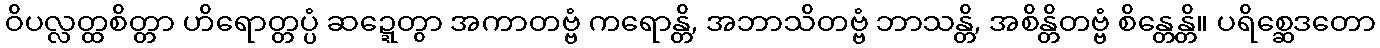
ဝိပလ္လတ္ထစိတ္တာ ဟိရောတ္တပ္ပံ ဆဍ္ဍေတွာ အကာတဗ္ဗံ ကရောန္တိ, အဘာသိတဗ္ဗံ ဘာသန္တိ, အစိန္တိတဗ္ဗံ စိန္တေန္တိ။ ပရိစ္ဆေဒတော